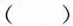
()